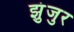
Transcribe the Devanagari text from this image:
झुंजुर